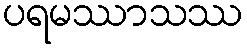
ပရမဿာသဿ